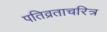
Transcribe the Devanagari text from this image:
पतिव्रताचरित्र